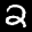
Label: 2